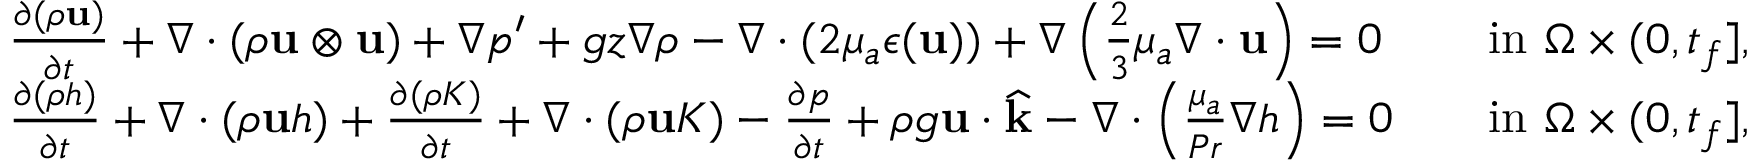
\begin{array} { r l r l } & { \frac { \partial ( \rho \mathbf u ) } { \partial t } + \nabla \cdot ( \rho \mathbf u \otimes \mathbf u ) + \nabla p ^ { \prime } + g z \nabla \rho - \nabla \cdot ( 2 \mu _ { a } \boldsymbol { \epsilon } ( \mathbf u ) ) + \nabla \left( \frac { 2 } { 3 } \mu _ { a } \nabla \cdot \mathbf u \right) = 0 } & & { \mathrm { i n ~ } \Omega \times ( 0 , t _ { f } ] , } \\ & { \frac { \partial ( \rho h ) } { \partial t } + \nabla \cdot ( \rho \mathbf u h ) + \frac { \partial ( \rho K ) } { \partial t } + \nabla \cdot ( \rho \mathbf u K ) - \frac { \partial p } { \partial t } + \rho g \mathbf u \cdot \widehat { \mathbf k } - \nabla \cdot \left( \frac { \mu _ { a } } { P r } \nabla h \right) = 0 } & & { \mathrm { i n ~ } \Omega \times ( 0 , t _ { f } ] , } \end{array}